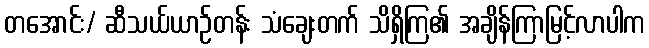
တအောင်း/ ဆီသယ်ယာဉ်တန်း သံချေးတက် သိရှိကြ၏ အချိန်ကြာမြင့်လာပါက